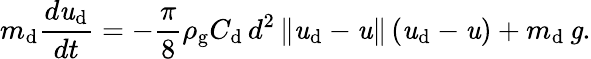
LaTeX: m_{\textup{d}}\frac{d{\textbf{\textit{u}}}_{\mathrm{d}}}{dt}=-\frac{\pi}{8}\rho_{\textup{g}}C_{\textup{d~}}d^{2}\left\| \textbf{\textit{u}}_{\mathrm{d}}-\textbf{\textit{u}}\right\| \left(\textbf{\textit{u}}_{\mathrm{d}}-\textbf{\textit{u}}\right)+m_{\textup{d~}}\textbf{\textit{g}}.